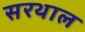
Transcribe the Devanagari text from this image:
सरथाल